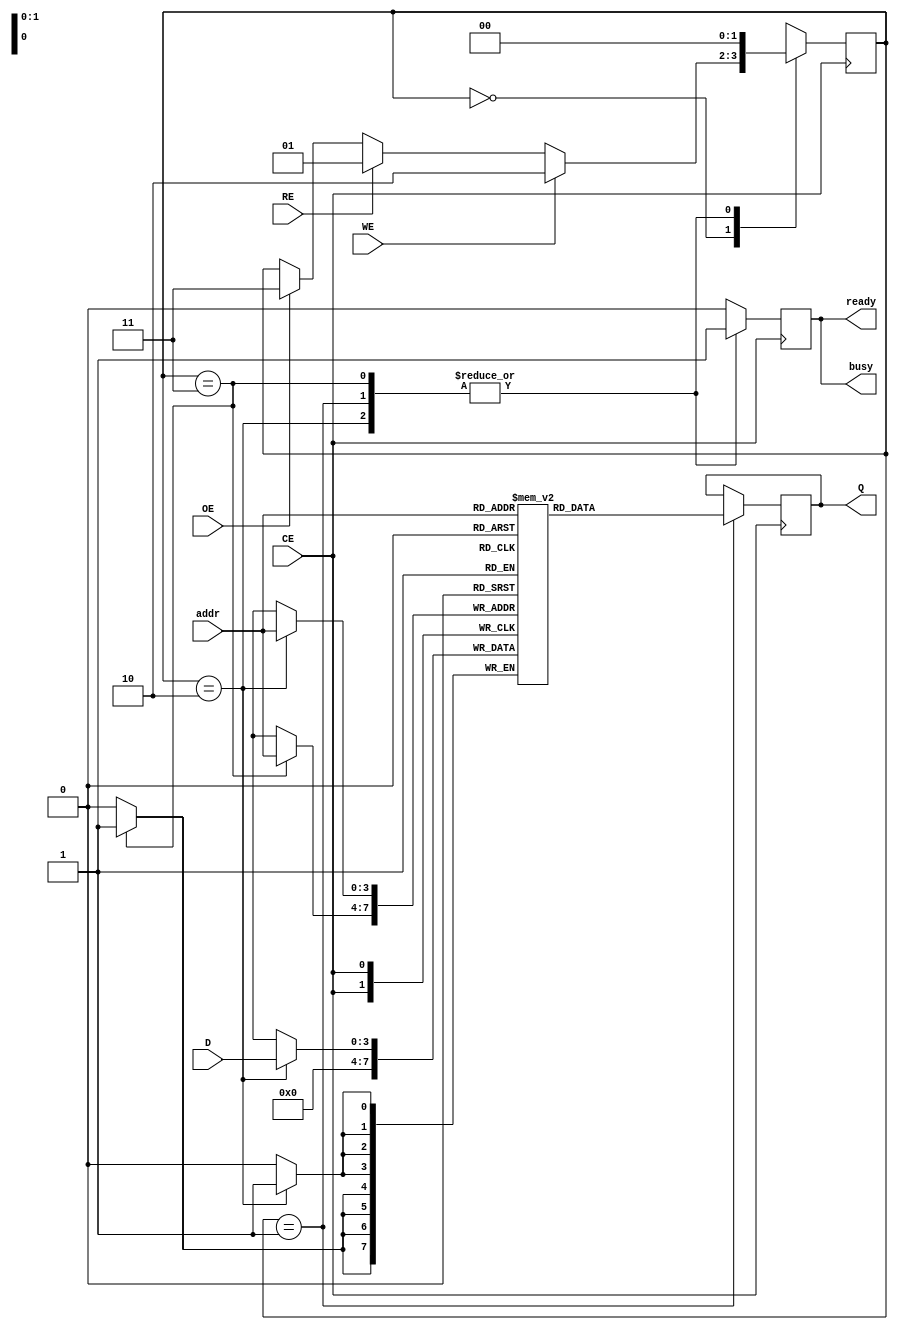
module QLC_NAND (
    input wire [3:0] D,      // Data input for 4 bits
    input wire RE,           // Read Enable
    input wire WE,           // Write Enable
    input wire CE,           // Chip Enable
    input wire OE,           // Output Enable
    input wire [3:0] addr,   // Address lines
    output reg [3:0] Q,      // Data output
    output reg ready,        // Status signal for ready
    output reg busy          // Status signal for busy
);

    // Internal storage for QLC Cells
    reg [3:0] memory [0:15]; // Example: 16 QLC cells, each storing 4 bits
    reg [1:0] state;         // State machine state
    reg [1:0] next_state;    // Next state for the state machine

    // State definitions
    localparam IDLE = 2'b00;
    localparam READ = 2'b01;
    localparam WRITE = 2'b10;
    localparam ERASE = 2'b11;

    // State machine for managing operations
    always @(posedge CE) begin
        if (busy) begin
            // Remain in the busy state if already processing
            state <= next_state;
        end else begin
            // Transition to the next state
            state <= next_state;
        end
    end

    // Next state logic
    always @(*) begin
        next_state = state;
        case (state)
            IDLE: begin
                if (WE) begin
                    next_state = WRITE;
                end else if (RE) begin
                    next_state = READ;
                end else if (OE) begin
                    next_state = ERASE;
                end
            end
            WRITE: begin
                next_state = IDLE; // Return to IDLE after write
            end
            READ: begin
                next_state = IDLE; // Return to IDLE after read
            end
            ERASE: begin
                next_state = IDLE; // Return to IDLE after erase
            end
        endcase
    end

    // Main operation logic
    always @(posedge CE) begin
        case (state)
            WRITE: begin
                busy <= 1'b1;   // Set busy flag
                memory[addr] <= D; // Write data to the selected cell
                ready <= 1'b1;  // Indicate readiness
            end
            READ: begin
                busy <= 1'b1;   // Set busy flag
                Q <= memory[addr]; // Read data from the selected cell
                ready <= 1'b1;  // Indicate readiness
            end
            ERASE: begin
                busy <= 1'b1;   // Set busy flag
                memory[addr] <= 4'b0000; // Erase data to all zeros
                ready <= 1'b1;  // Indicate readiness
            end
            default: begin
                busy <= 1'b0;   // Clear busy flag
                ready <= 1'b0;  // Clear ready flag
            end
        endcase
    end

    // Reset signals and status
    initial begin
        busy = 1'b0;
        ready = 1'b0;
        Q = 4'b0000;
        state = IDLE;
        next_state = IDLE;
    end

endmodule